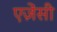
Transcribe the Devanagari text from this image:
एज़ेंसी